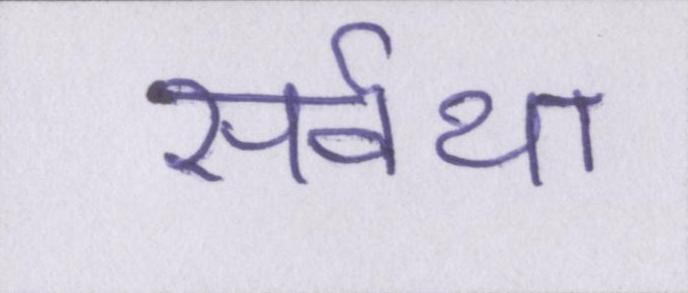
सर्वथा